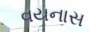
વયનાસ